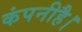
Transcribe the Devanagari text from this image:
कंपनीहै।